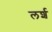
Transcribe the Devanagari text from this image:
लर्श